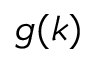
g ( k )